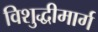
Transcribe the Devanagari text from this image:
विशुद्धीमार्ग